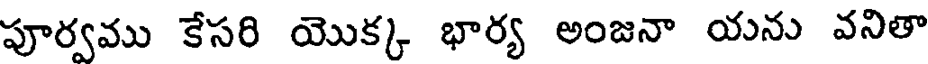
పూర్వము కేసరి యొక్క భార్య అంజనా యను వనితా